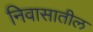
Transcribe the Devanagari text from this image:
निवासातील